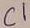
Text: C1